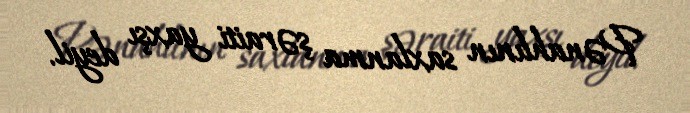
Pənahlının saxlanma şəraiti yaxşı deyil.